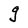
Character: g